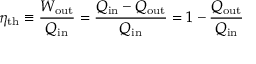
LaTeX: \eta _ { \mathrm { { t h } } } \equiv { \frac { W _ { \mathrm { { o u t } } } } { Q _ { \mathrm { { i n } } } } } = { \frac { { Q _ { \mathrm { { i n } } } } - Q _ { \mathrm { { o u t } } } } { Q _ { \mathrm { { i n } } } } } = 1 - { \frac { Q _ { \mathrm { { o u t } } } } { Q _ { \mathrm { { i n } } } } }